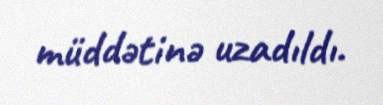
müddətinə uzadıldı.